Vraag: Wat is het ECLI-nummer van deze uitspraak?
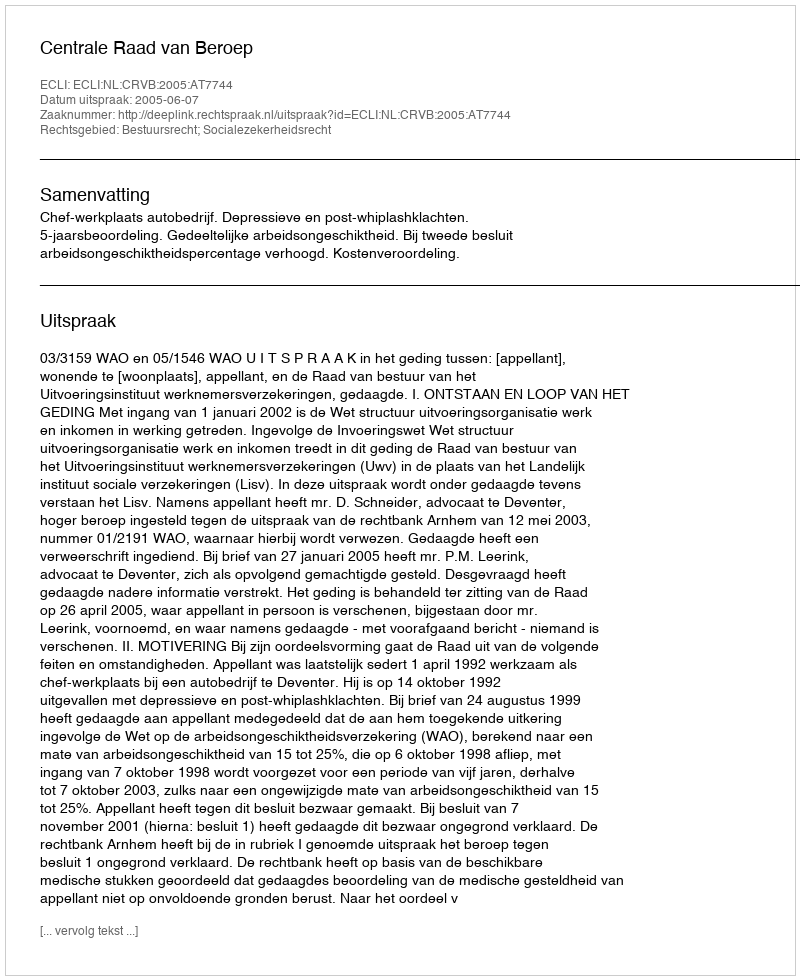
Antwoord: ECLI:NL:CRVB:2005:AT7744